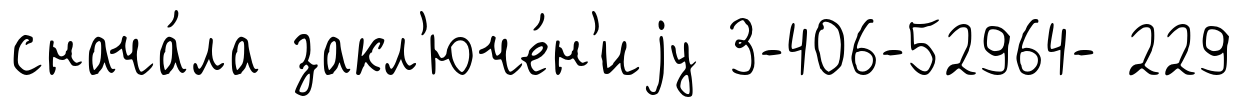
снача́ла закл'юче́н'иjу 3-406-52964- 229